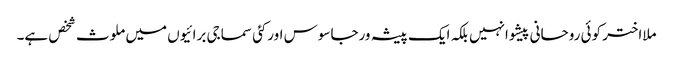
ملااختر کوئی روحانی پیشوانہیں بلکہ ایک پیشہ ورجاسوس اورکئی سماجی برائیوں میں ملوث شخص ہے۔